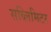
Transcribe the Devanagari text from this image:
सब्लिमिटर